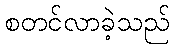
စတင်လာခဲ့သည်